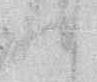
て